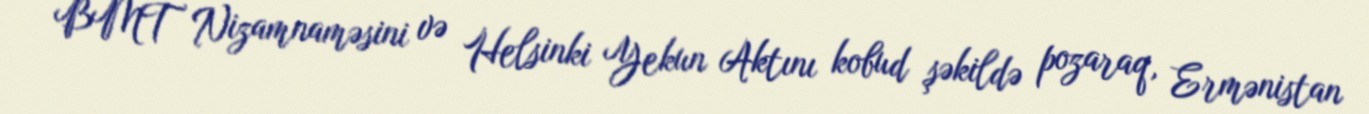
BMT Nizamnaməsini və Helsinki Yekun Aktını kobud şəkildə pozaraq, Ermənistan